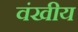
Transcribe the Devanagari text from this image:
वंखीय